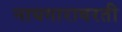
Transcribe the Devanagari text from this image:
नायगारावरती